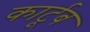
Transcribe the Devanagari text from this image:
कार्टूब